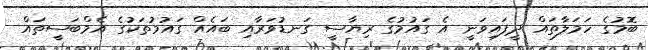
ބޮމުގެ ހަމަލާތައް ދީފައިވަނީ އެ ގައުމުގެ ރިޔާސީ ގަނޑުވަރާއި ބައެއް ގައުމުތަކުގެ އެމްބަސީތައް